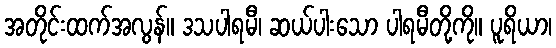
အတိုင်းထက်အလွန်။ ဒသပါရမီ၊ ဆယ်ပါးသော ပါရမီတို့ကို။ ပူရိယာ၊